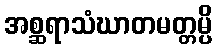
အစ္ဆရာသံဃာတမတ္တမ္ပိ